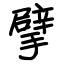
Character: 擘